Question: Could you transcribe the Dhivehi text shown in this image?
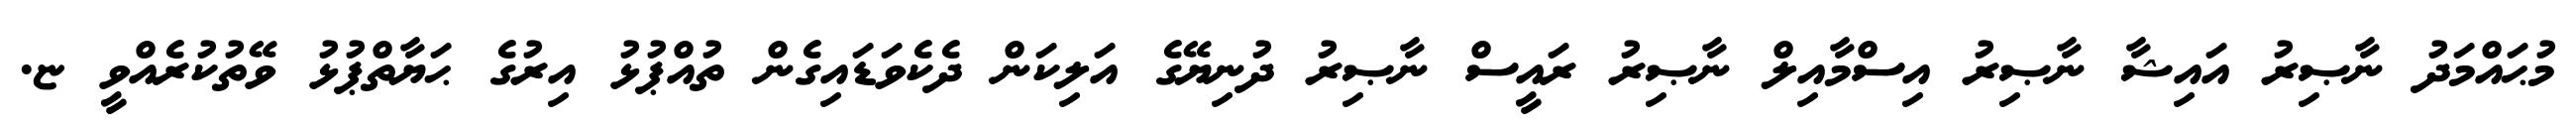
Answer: މުޙައްމަދު ނާޞިރު އައިޝާ ނާޞިރު އިސްމާއިލް ނާޞިރު ރައީސް ނާޞިރު ދުނިޔޭގެ އަލިކަން ދެކެވަޑައިގެން ތުއްޕުޅު އިރުގެ ޙަޔާތްޕުޅު ވޭތުކުރެއްވީ ޏ.